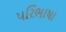
પરિભાષા